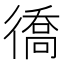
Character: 𢕪